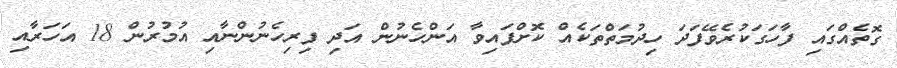
ގޮތެއްގައި ފާހަގަކުރެވޭފަދަ ހިދުމަތްތަކެއް ކޮށްފައިވާ އަންހެނުން އަދި ފިރިހެނުންނާއި އުމުރުން 18 އަހަރާއި